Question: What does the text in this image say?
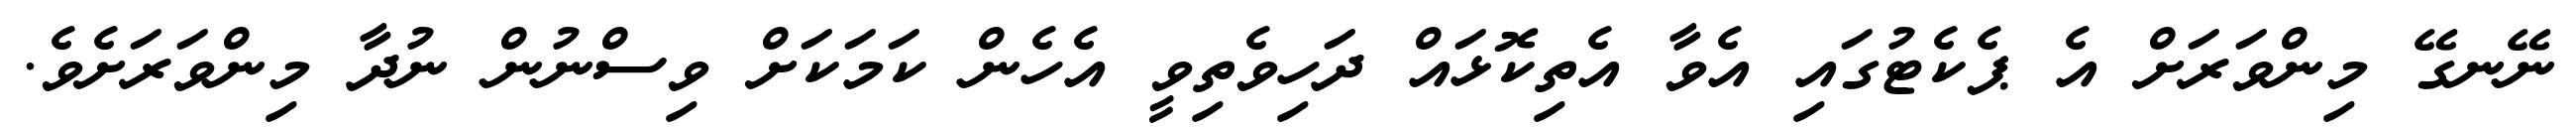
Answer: ނޭނގޭ މިންވަރަށް އެ ޕެކެޓުގައި އެވާ އެތިކޮޅައް ދަހިވެތިވީ އެހެން ކަމަކަށް ވިސްނުން ނުދާ މިންވަރަށެވެ.